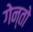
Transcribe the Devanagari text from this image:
गेन्तो